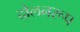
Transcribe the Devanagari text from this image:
दोलनरूप